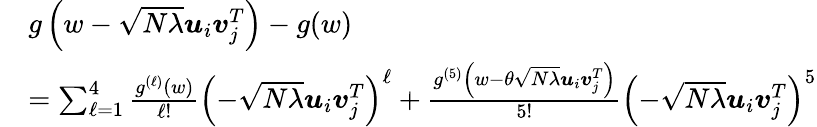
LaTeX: \begin{array}{rl}&{g\left(w-\sqrt{N\lambda}{\boldsymbol u}_{i}{\boldsymbol v}_{j}^{T}\right)-g(w)}\\ &{=\sum_{\ell=1}^{4}\frac{g^{(\ell)}(w)}{\ell!}\left(-\sqrt{N\lambda}{\boldsymbol u}_{i}{\boldsymbol v}_{j}^{T}\right)^{\ell}+\frac{g^{(5)}\left(w-\theta\sqrt{N\lambda}{\boldsymbol u}_{i}{\boldsymbol v}_{j}^{T}\right)}{5!}\left(-\sqrt{N\lambda}{\boldsymbol u}_{i}{\boldsymbol v}_{j}^{T}\right)^{5}}\end{array}